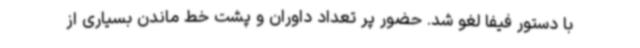
با دستور فیفا لغو شد. حضور پر تعداد داوران و پشت خط ماندن بسیاری از